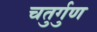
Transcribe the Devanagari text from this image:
चतुर्गुण